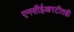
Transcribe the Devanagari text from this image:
एनसीईआरटीतही